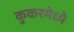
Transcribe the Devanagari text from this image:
कुकरमेध्ये